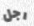
رجل